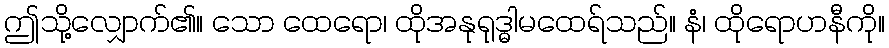
ဤသို့လျှောက်၏။ သော ထေရော၊ ထိုအနုရုဒ္ဓါမထေရ်သည်။ နံ၊ ထိုရောဟနီကို။